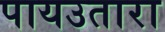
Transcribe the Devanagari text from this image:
पायउतारा